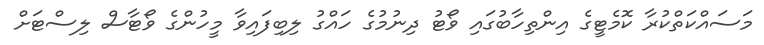
މަސައްކަތްކުރާ ކޮމެޓީގެ އިންތިހާބުގައި ވޯޓު ދިނުމުގެ ހައްގު ލިބިފައިވާ މީހުންގެ ވޯޓާސް ލިސްޓަށް